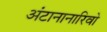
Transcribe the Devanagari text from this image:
अंटानानारिवो